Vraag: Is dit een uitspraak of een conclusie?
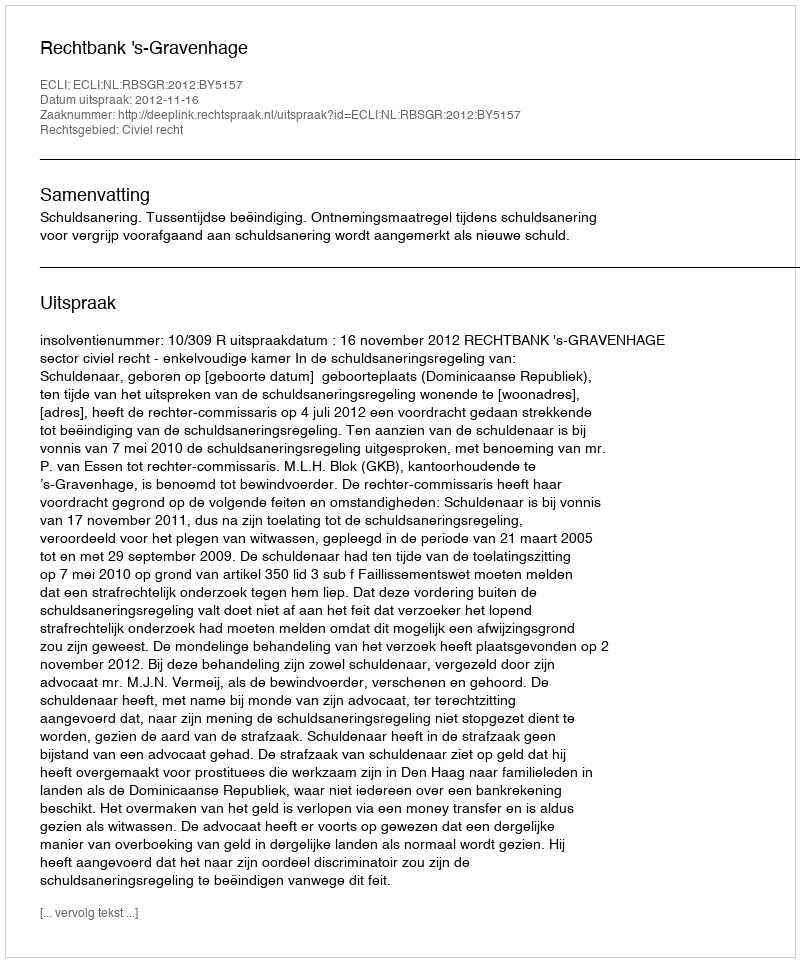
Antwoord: Uitspraak